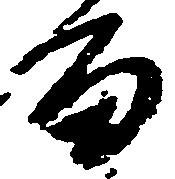
留